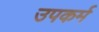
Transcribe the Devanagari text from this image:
उपकर्म